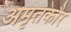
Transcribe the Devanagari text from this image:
अमृतकौर